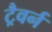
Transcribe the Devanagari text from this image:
ट्रैवर्न